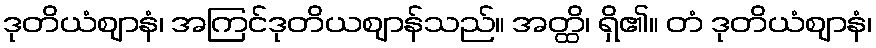
ဒုတိယံဈာနံ၊ အကြင်ဒုတိယဈာန်သည်။ အတ္ထိ၊ ရှိ၏။ တံ ဒုတိယံဈာနံ၊